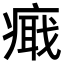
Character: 𤹚